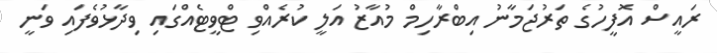
ރައީސް އޮފީހުގެ ތަރުޖަމާނު އިބްރާހިމް މުއާޒު އަލީ ކުރެއްވި ޓްވީޓެއްގައި ވިދާޅުވެފައި ވަނީ